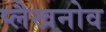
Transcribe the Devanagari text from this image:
प्लैखनोव